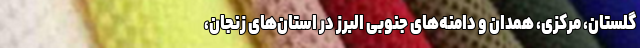
گلستان، مرکزی، همدان و دامنه‌های جنوبی البرز در استان‌های زنجان،